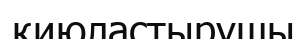
қиюластырушы